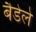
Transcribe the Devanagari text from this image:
बैडेले